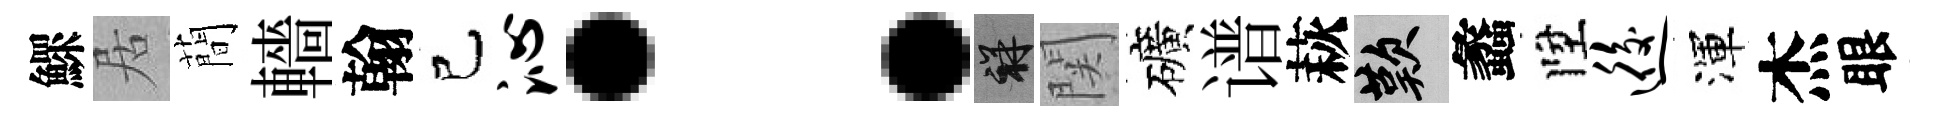
鰥居蕳轖翰己沁：祥関礦谱萩嘆蠡陞逅渾杰眼